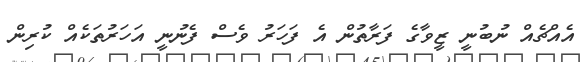
އެއްޗެއް ނުބުނީ ޒީވާގެ ފަރާތުން އެ ފަހަރު ވެސް ފެނުނީ އަހަރުތަކެއް ކުރިން